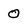
Character: o